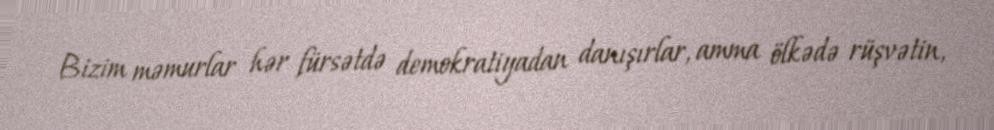
Bizim məmurlar hər fürsətdə demokratiyadan danışırlar, amma ölkədə rüşvətin,